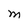
Character: M